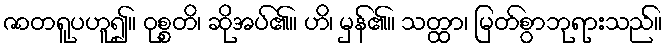
ဇာတရူပဟူ၍။ ဝုစ္စတိ၊ ဆိုအပ်၏။ ဟိ၊ မှန်၏။ သတ္ထာ၊ မြတ်စွာဘုရားသည်။